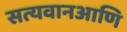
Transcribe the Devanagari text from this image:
सत्यवानआणि